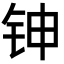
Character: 𬬹